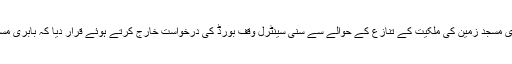
30 ستمبر 2010 ء کو الٰہ آباد ہائی کورٹ نے اپنا تاریخی فیصلہ سنایا جس کے مطابق بابری مسجد زمین کی ملکیت کے تنازع کے حوالے سے سنی سینٹرل وقف بورڈ کی درخواست خارج کرتے ہوئے قرار دیا کہ بابری مسجدکی اراضی وفاق کی ملکیت رہے گی ، اس تنازع کو بات چیت کے ذریعے حل کیا جائے۔